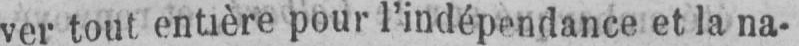
ver tout entière pour l’indépendance et la na-